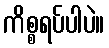
ကိစ္စရပ်ပါပဲ။